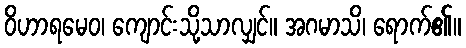
ဝိဟာရမေဝ၊ ကျောင်းသို့သာလျှင်။ အဂမာသိ၊ ရောက်၏။